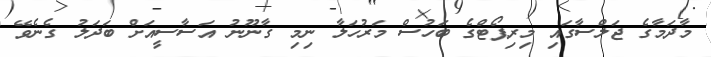
މާދަމާގެ ޖަލްސާގައި މިރިޕޯޓްގެ ބަހުސް މަރުހަލާ ނިމި ގާނޫނު އަސާސީއަށް ބަދަލު ގެނެވޭ